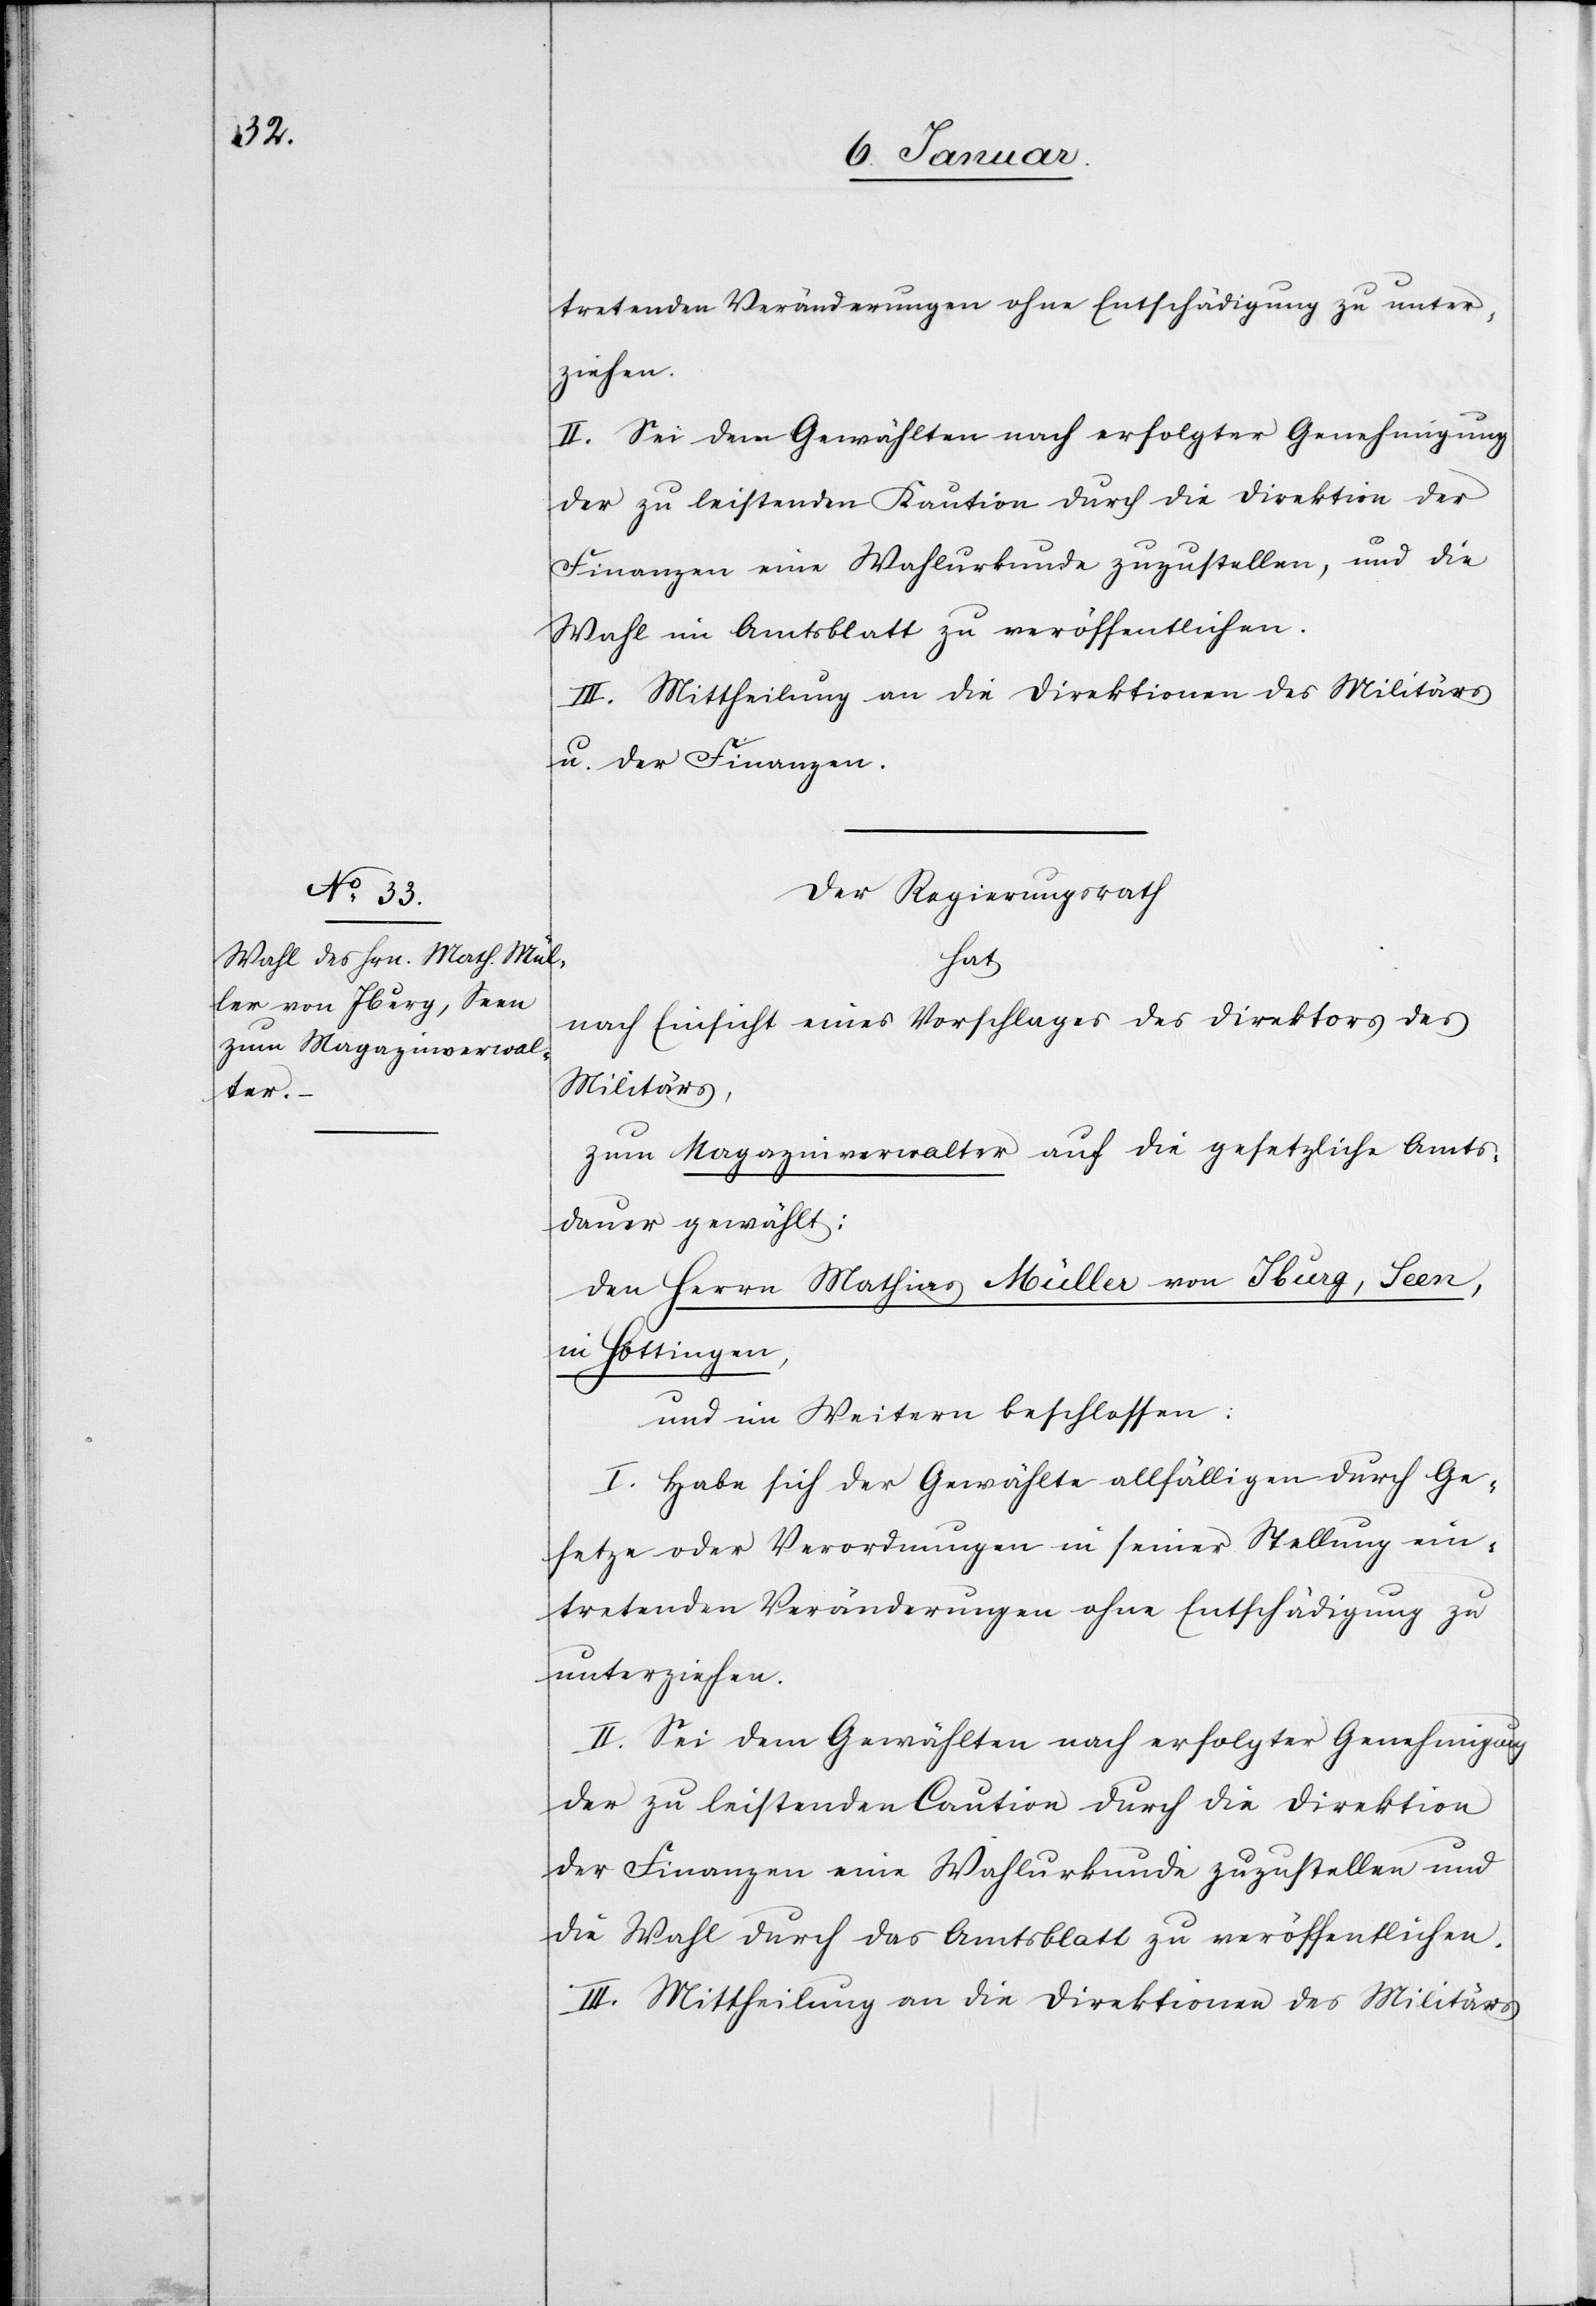
tretenden Veränderungen ohne Entschädigung zu unter¬
ziehen.
II. Sei dem Gewählten nach erfolgter Genehmigung
der zu leistenden Kaution durch die Direktion der
Finanzen eine Wahlurkunde zuzustellen, und die
Wahl im Amtsblatt zu veröffentlichen.
III. Mittheilung an die Direktionen des Militärs
u. der Finanzen.
Der Regierungsrath
hat
nach Einsicht eines Vorschlages des Direktors des
Militärs,
zum Magazinverwalter auf die gesetzliche Amts¬
dauer gewählt:
in Hottingen,
und im Weitern beschlossen:
I. Habe sich der Gewählte allfälligen durch Ge¬
setze oder Verordnungen in seiner Stellung ein¬
tretenden Veränderungen ohne Entschädigung zu
unterziehen.
II. Sei dem Gewählten nach erfolgter Genehmigung
der zu leistenden Caution durch die Direktion
der Finanzen eine Wahlurkunde zuzustellen und
die Wahl durch das Amtsblatt zu veröffentlichen.
III. Mittheilung an die Direktionen des Militärs